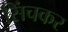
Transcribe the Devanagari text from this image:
सिंचकर